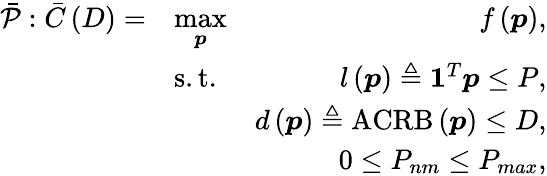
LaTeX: \begin{array}{rlr}{\bar{\mathcal{P}}:\bar{C}\left(D\right)=}&{\underset{\boldsymbol{p}}{\operatorname*{max}}}&{f\left(\boldsymbol{p}\right),}\\ &{\mathrm{s.t.}}&{l\left(\boldsymbol{p}\right)\triangleq\mathbf{1}^{T}\boldsymbol{p}\leq P,}\\ &{}&{d\left(\boldsymbol{p}\right)\triangleq\textrm{\textrm{ACRB}}\left(\boldsymbol{p}\right)\leq D,}\\ &{}&{0\leq P_{nm}\leq P_{max},}\end{array}